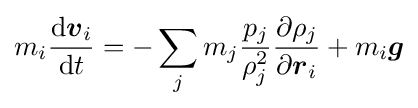
m_{i}{\frac {\mathrm {d} {\boldsymbol {v}}_{i}}{\mathrm {d} t}}=-\sum _{j}m_{j}{\frac {p_{j}}{\rho _{j}^{2}}}{\frac {\partial \rho _{j}}{\partial {\boldsymbol {r}}_{i}}}+m_{i}{\boldsymbol {g}}